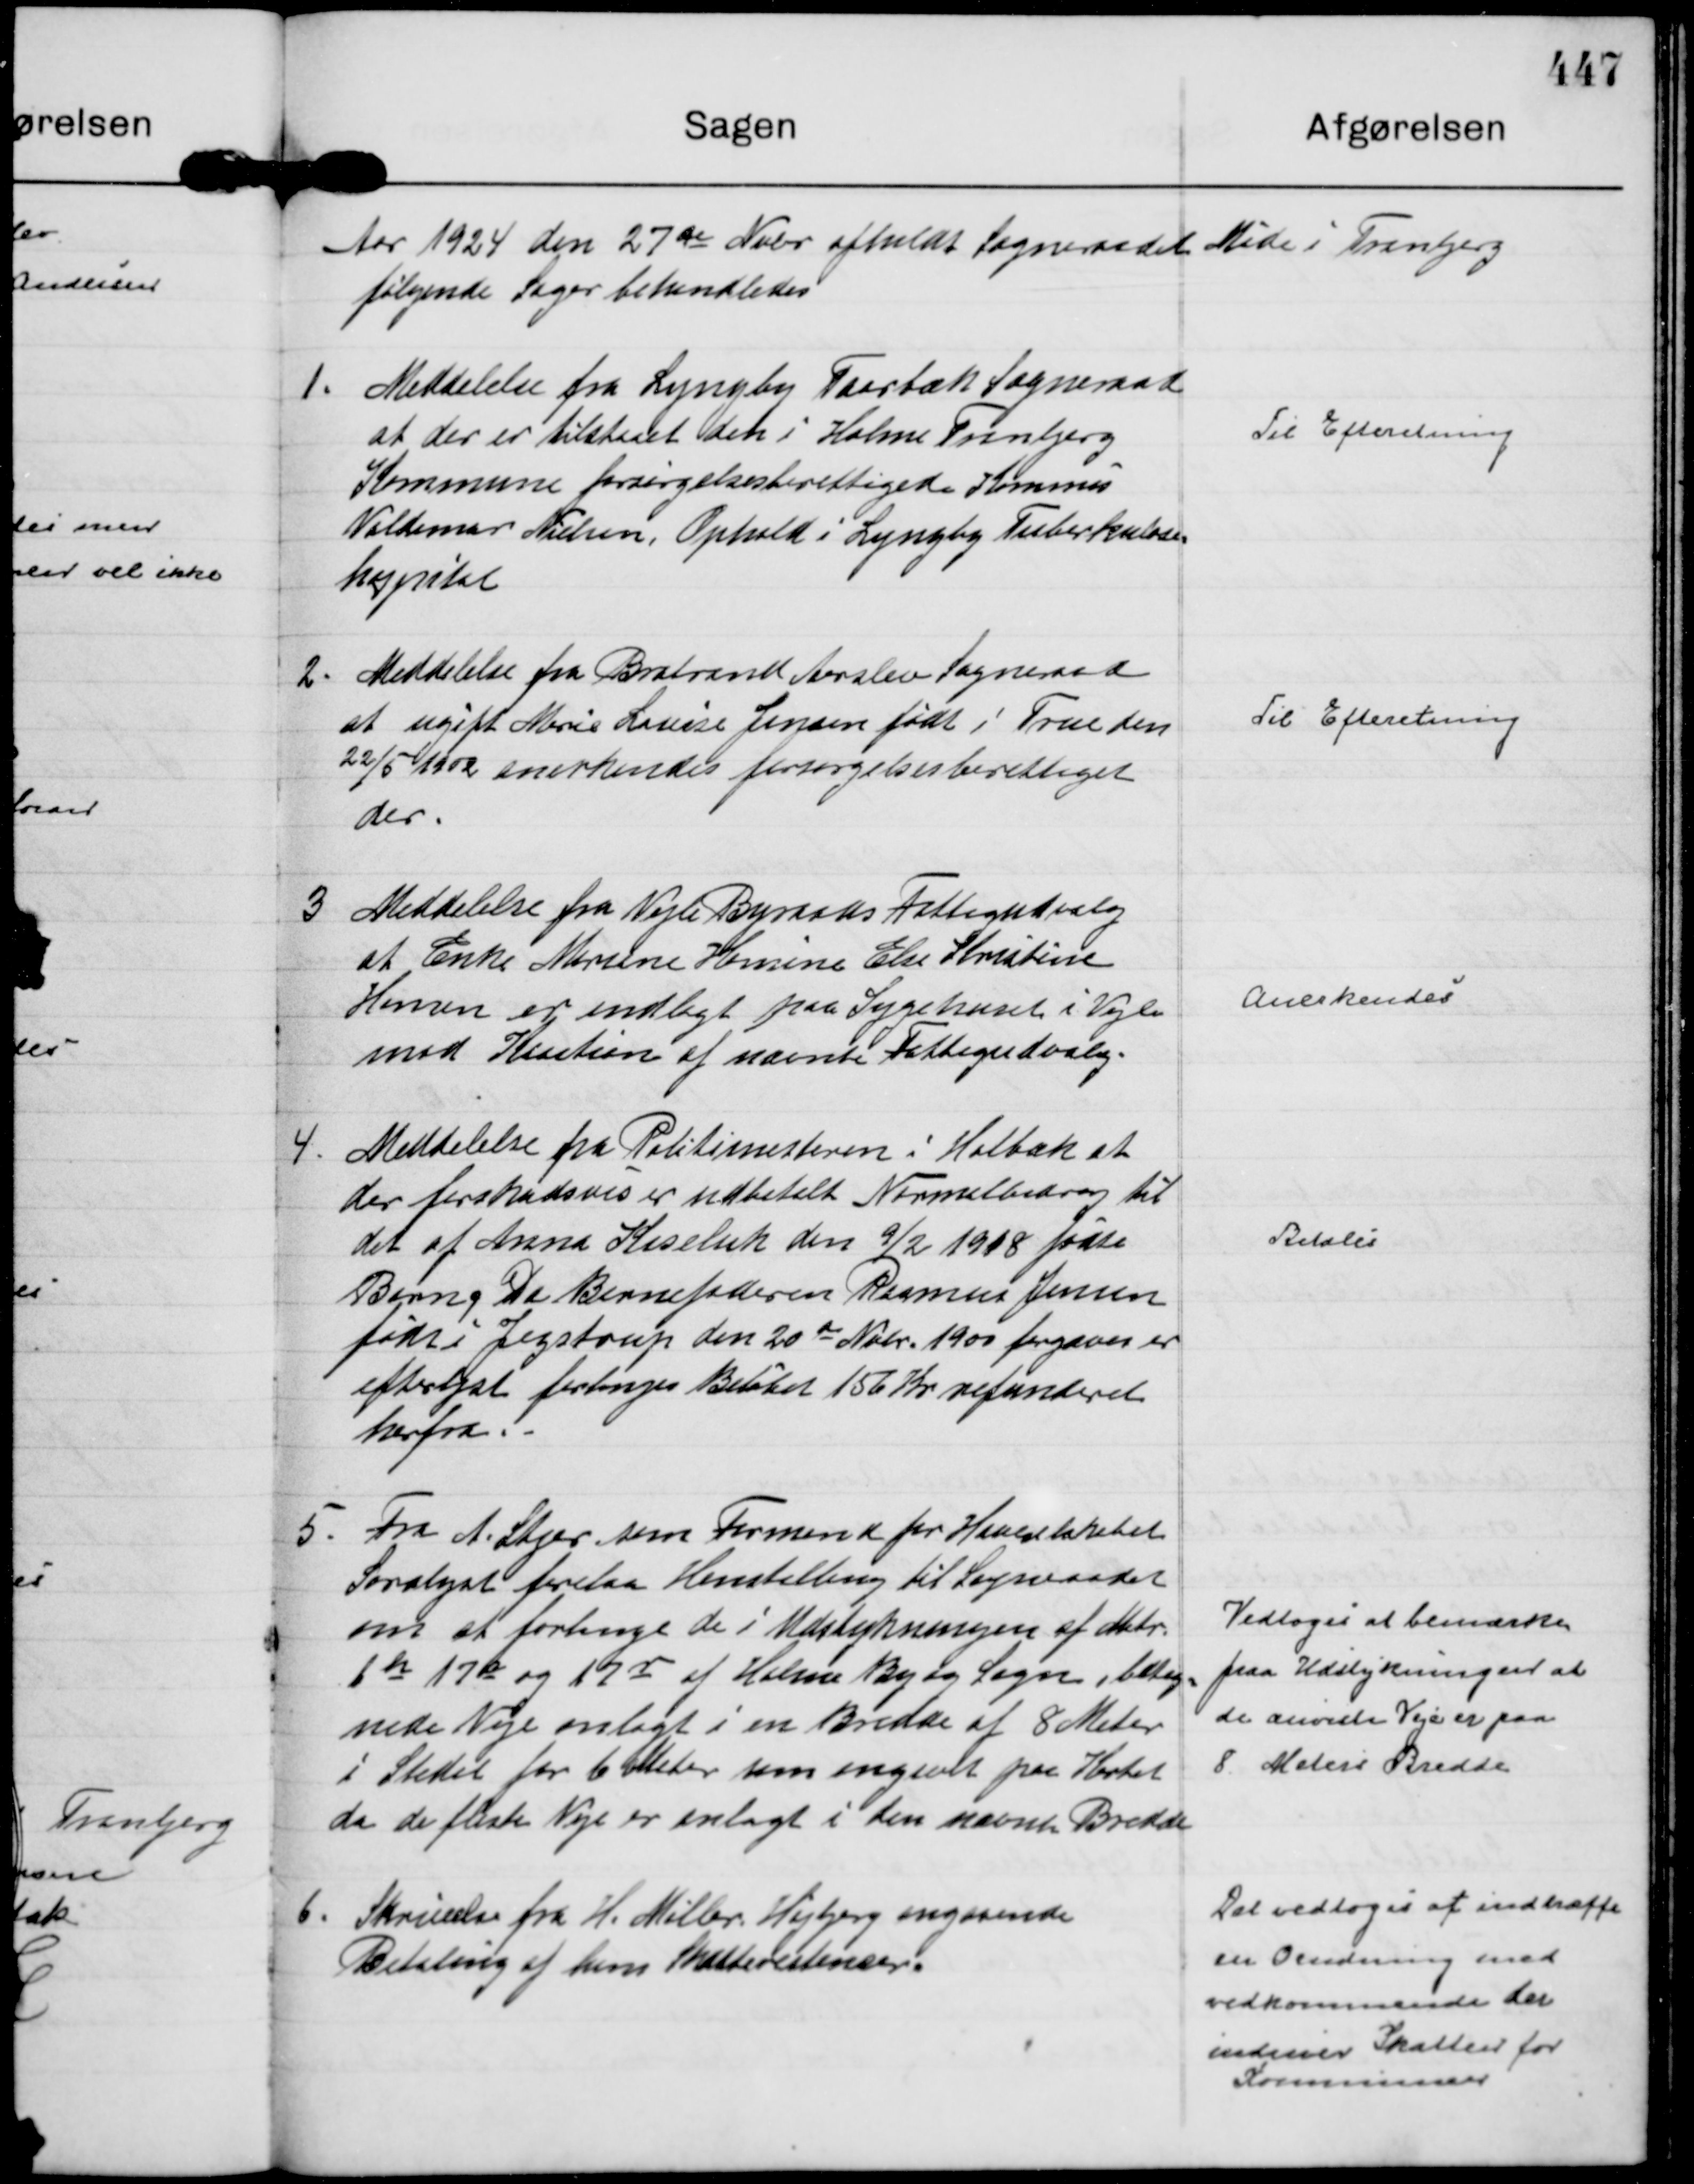
Transskription:
Aar 1924 den 27 de Nobr afholdt Sogneraadet Møde i Tranbjerg 
følgende Sager behandledes

1.
Meddelelse fra Lyngby Taarbæk Sogneraade
at der er tilstaaet den i Holme Tranbjerg
Kommune forsørgelsesberettigede Kommis
Valdemar Nielsen Ophold i Lyngby Tuberkulose=
hospital

Til Efteretning

2.
Meddelelse fra Brabrand Aarslev Sogneraad
at ugift Marie Louise Jensen født i True den
22/5 1902 anerkendes forsørgelsesberettiget
der.

Til Efteretning

3
Meddelelse fra Vejle Byraads Fattigudvalg
at Enke Marlene Hansine Else Kristine
Hansen er indlagt paa Sygehuset i Vejle
mod Kaution af nævnte Fattigudvalg.

Anerkendes

4.
Meddelelse fra Politimesteren i Holbæk at
der forskudsvis er udbetalt Normalbidrag til
det af Anna Kiseluk den 9/2 1918 fødte
Barn; Da Barnefaderen Rasmus Jensen
født i Jegstrup den 20 de Nobr. 1900 forgæves er
efterlyst forlanges Beløbet 156 Kr refunderet
herfra. -

Betales

5.
Fra A. Stjer som Formand for Haveselskabet
Saralyst forelaa Henstilling til Sogneraadet
om at forlange de i Udstykningen af Matr.
1 h 17 o 17 r af Holme By og Sogn beteg=
nede Veje anlagt i en Bredde af 8 Meter
i Stedet for 6 Meter som angivet paa Kortet
da de fleste Veje er anlagt i den nævnte Bredde

Vedtoges at bemærke
paa Udstykningen at
de anviste Veje er paa
8 Meters Bredde

6.
Skrivelse fra H. Møller Højbjerg angaaende
Betaling af hans Skatterestancer.

Det vedtoges at indtræffe
en Ordning med
vedkommende der
indriver Skatten for
Kommunen